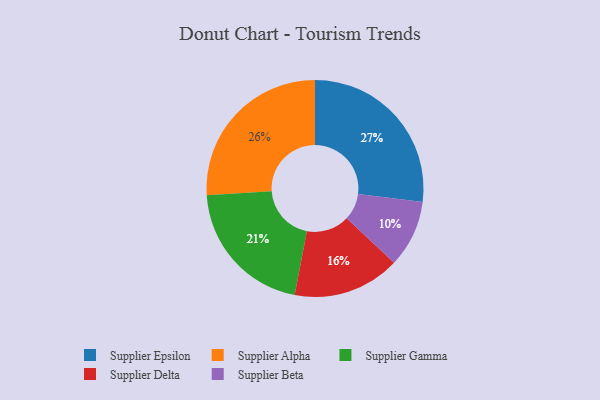
{"axis": {"x": "Category", "y": "Percentage"}, "legend": ["Supplier Alpha", "Supplier Beta", "Supplier Delta", "Supplier Epsilon", "Supplier Gamma"], "data": [{"x": "Supplier Beta", "y": 10, "type": "Supplier Beta"}, {"x": "Supplier Gamma", "y": 21, "type": "Supplier Gamma"}, {"x": "Supplier Alpha", "y": 26, "type": "Supplier Alpha"}, {"x": "Supplier Epsilon", "y": 27, "type": "Supplier Epsilon"}, {"x": "Supplier Delta", "y": 16, "type": "Supplier Delta"}]}